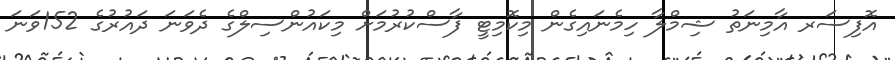
އޮފިސަރ އާމިނަތު ޝިމްލާ ހިމެނައިގެން މިކޮމިޓީ ފާސްކުރުމަށް މިކައުންސިލްގެ ދެވަނަ ދައުރުގެ 152ވަނަ